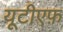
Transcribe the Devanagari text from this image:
यूटीएफ़